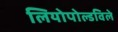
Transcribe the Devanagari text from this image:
लियोपोल्डविले